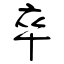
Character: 卒